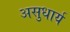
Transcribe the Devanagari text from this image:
असुधार्य